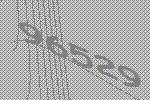
96529